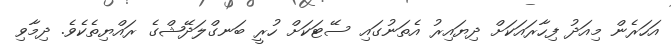
އަހަރެން މިއަދު ފިހާރައަކަށް ދިޔައިރު އެތަނުގައި ސޭޓަކަށް ހުރީ ބަނގްލަދޭޝްގެ ރައްޔިތެކެވެ. ދިމާވި